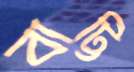
বাট্টি